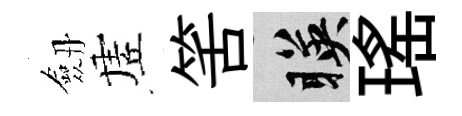
劔虗筈暎瑤